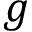
g